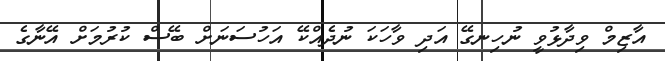
އާޒިމް ވިދާޅުވީ ނުހިނގޭ އަދި ވާހަކަ ނުދެއްކޭ އަހުސަނަށް ބޭސް ކުރުމަށް އޭނާގެ